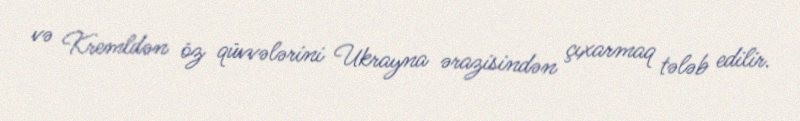
və Kremldən öz qüvvələrini Ukrayna ərazisindən çıxarmaq tələb edilir.